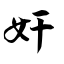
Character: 奸